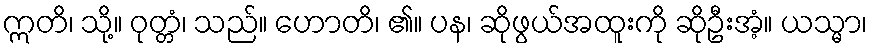
ဣတိ၊ သို့။ ဝုတ္တံ၊ သည်။ ဟောတိ၊ ၏။ ပန၊ ဆိုဖွယ်အထူးကို ဆိုဦးအံ့။ ယသ္မာ၊